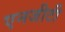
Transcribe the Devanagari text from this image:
एनजीटी